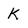
Character: K